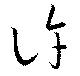
許